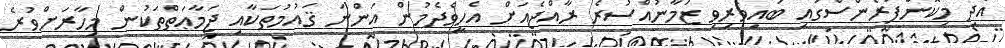
އަދި މިކޮންފަރެންސްގައި ބައިވެރިވި ޒަމާނުއްސުރެ ރާއްޖެއަށް އެހީވެދެމުން އަންނަ ޤައުމުތަކާއި ޖަމާޢަތްތަކުން މިހާރަށްވުރެ